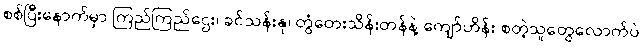
စစ်ပြီးနောက်မှာ ကြည်ကြည်ဌေး၊ ခင်သန်းနု၊ တွံတေးသိန်းတန်နဲ့ ကျော်ဟိန်း စတဲ့သူတွေလောက်ပဲ